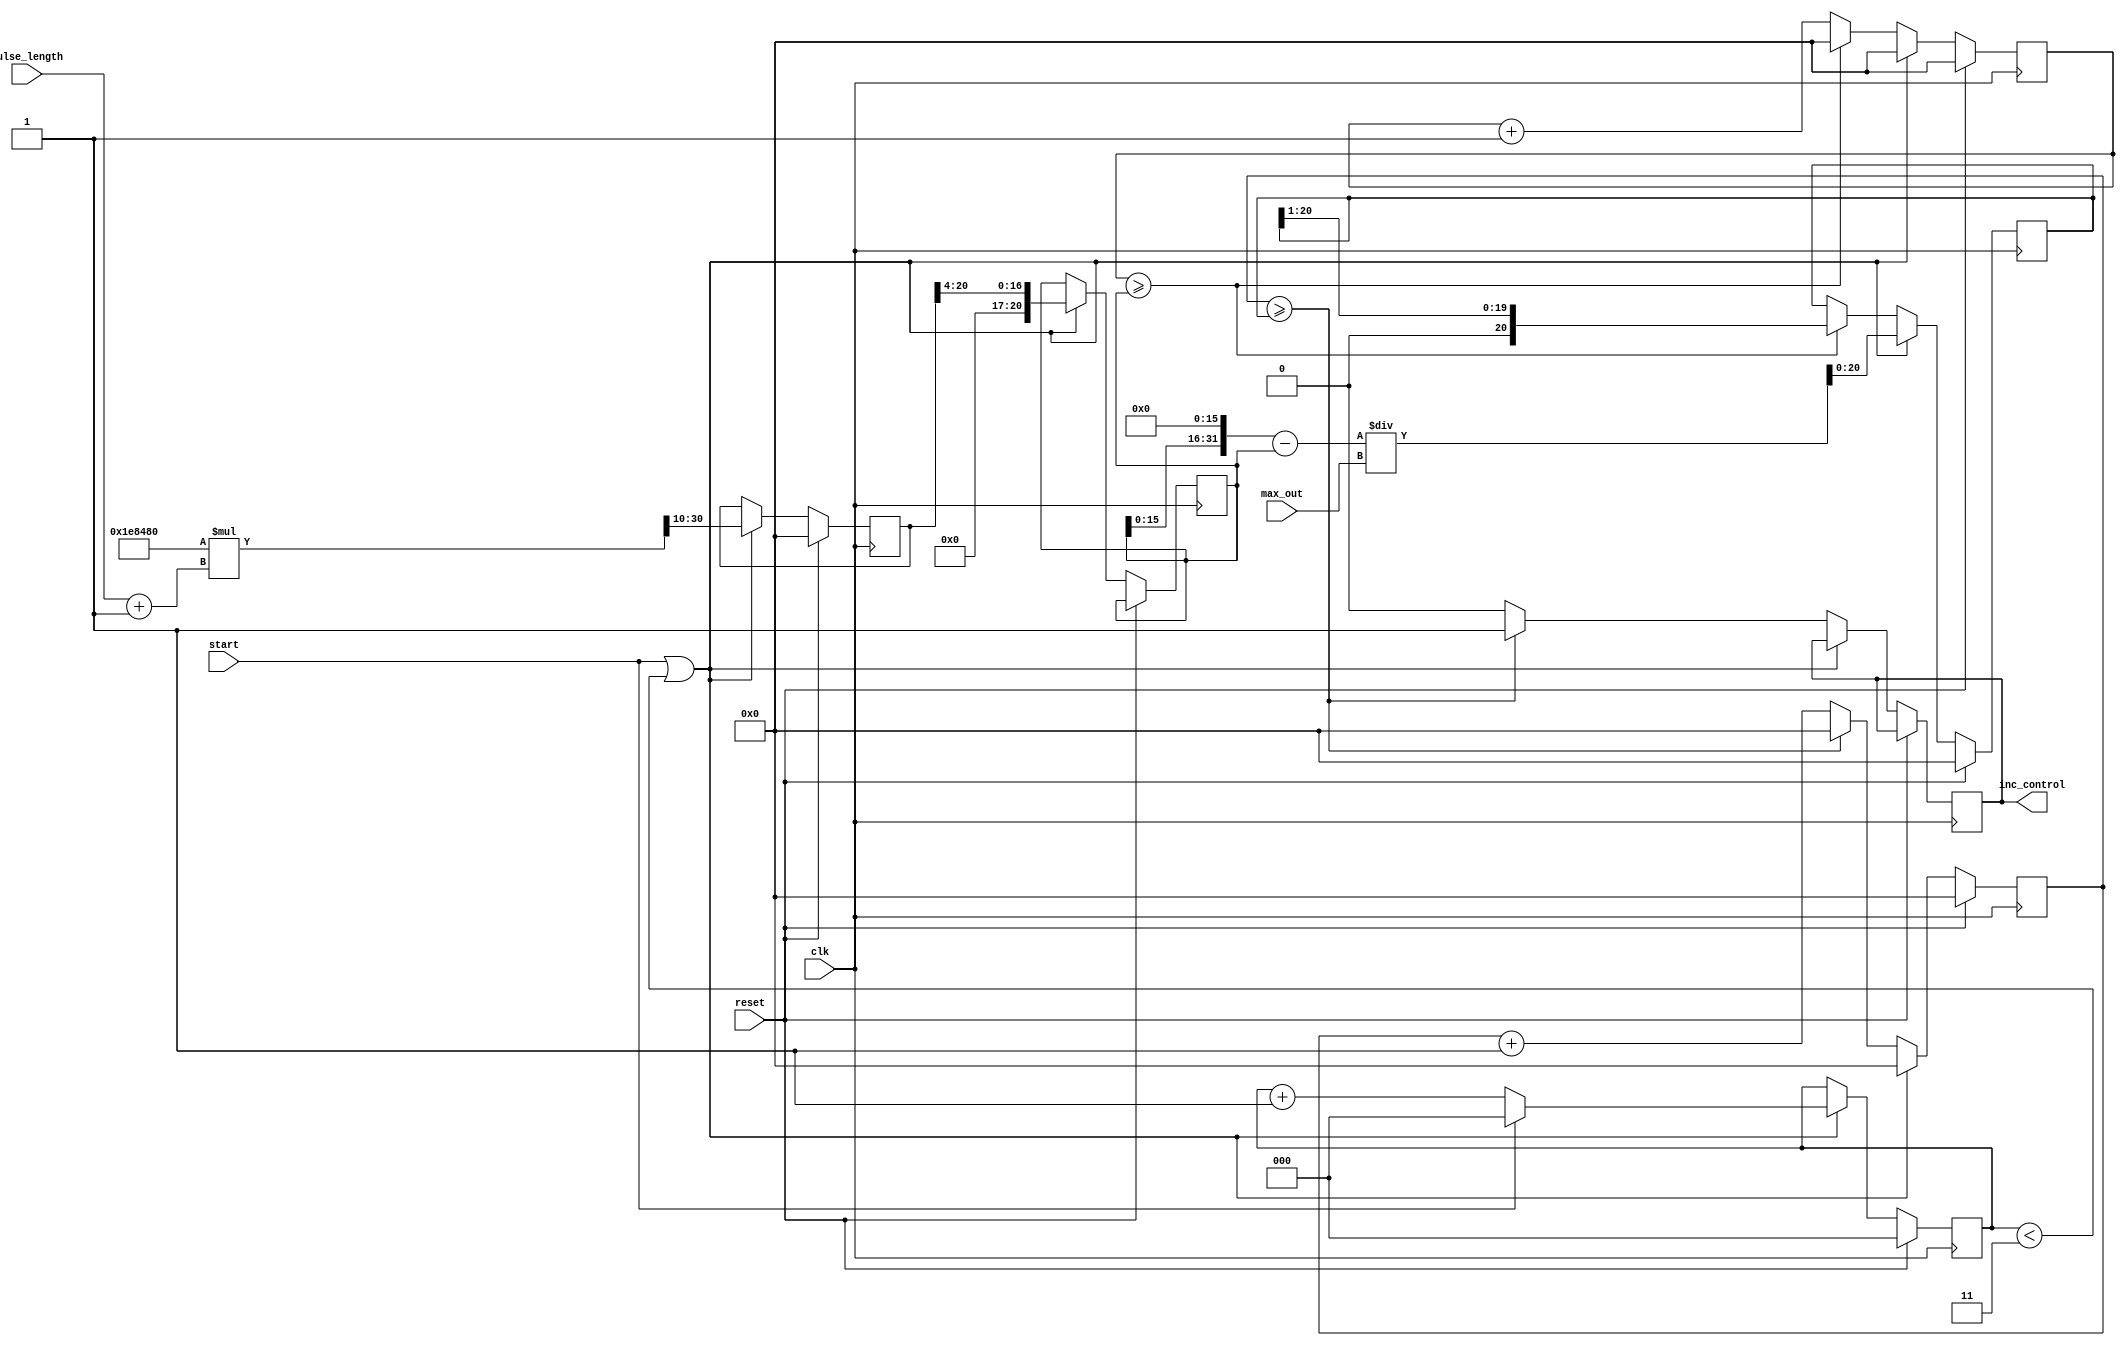
// approximately exponential incrementer controller
module approx_exp_inc_control
#( parameter
  CLK_FREQ = 1_000_000, 
  MAX_TIME_MS = 2000,
  ACCURACY = 16,  // number of chunks to break up the time period into 
  // Each chunk of the exponential will be approximated linearly
  // This will be rounded up to the next power of 2
  WIDTH = 10,
  REVERSE = 0  // 0: slow to fast,  1: fast to slow
  ) (
    input clk, reset, start,
    input [WIDTH-1:0] max_out,
    input [WIDTH-1:0] pulse_length,  // max value ~= MAX_TIME_MS, 0 = very short
    output inc_control
  );

  // cycles: clock cycles
  localparam BLOCKS_LOG2 = $clog2(ACCURACY);
  localparam BLOCKS      = 1 << BLOCKS_LOG2;
  localparam MAX_CYCLES = (CLK_FREQ/1000) * MAX_TIME_MS;
  localparam VARIABLE_SIZE = $clog2(MAX_CYCLES);

  reg [2:0] Running; 
  reg IncControl;
  assign inc_control = IncControl;

  reg [VARIABLE_SIZE-1:0] TotalCycles;
  reg [VARIABLE_SIZE-1:0] CyclesPerBlock;
  reg [VARIABLE_SIZE-1:0] CyclesPerInc;
  reg [VARIABLE_SIZE-1:0] CounterBlock;
  reg [VARIABLE_SIZE-1:0] CounterInc;

  always @(posedge clk) begin  
    if (reset) begin
      CounterBlock <= 0;
      CounterInc   <= 0;
      CyclesPerInc <= 0;
      TotalCycles  <= 0;
      Running      <= 0;
    end else begin
      if (start || (Running < 3)) begin
        Running = start ? 0 : Running + 1;
        TotalCycles    <= (MAX_CYCLES * (pulse_length + 1)) >> WIDTH;
        CyclesPerBlock <= TotalCycles >> BLOCKS_LOG2;
        CyclesPerInc   <= REVERSE ?
          (2 * CyclesPerBlock - (CyclesPerBlock >> BLOCKS)) / max_out :
          ((CyclesPerBlock << BLOCKS) - CyclesPerBlock) / max_out;
        CounterBlock   <= 0;
        CounterInc     <= 0;
      end else begin
        if (CounterBlock >= CyclesPerBlock) begin
          CounterBlock <= 0;
          CyclesPerInc <= REVERSE ? CyclesPerInc<<1 : CyclesPerInc>>1;
        end else 
          CounterBlock <= CounterBlock + 1;

        if (CounterInc >= CyclesPerInc) begin
          CounterInc <= 0;
          IncControl <= 1;
        end else begin
          CounterInc <= CounterInc + 1;
          IncControl <= 0;
        end 
      end
    end
  end

  endmodule